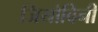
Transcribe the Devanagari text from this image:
जियोविनी